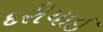
દરીયાઈ